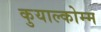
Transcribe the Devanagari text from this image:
कुयाल्कोम्म